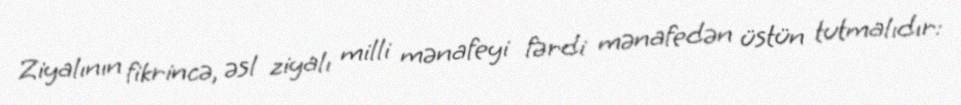
Ziyalının fikrincə, əsl ziyalı milli mənafeyi fərdi mənafedən üstün tutmalıdır: